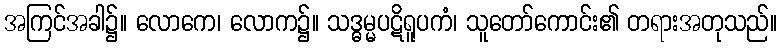
အကြင်အခါ၌။ လောကေ၊ လောက၌။ သဒ္ဓမ္မပဋိရူပကံ၊ သူတော်ကောင်း၏ တရားအတုသည်။